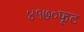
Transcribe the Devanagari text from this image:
४१७०फूट